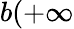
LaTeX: b(+\infty